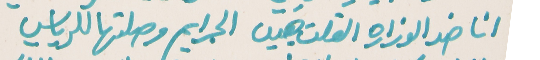
انا ضد الوزاره القلت هيي   الجرايم وصلتها للرياسي